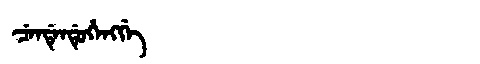
Manchu: ᠴᡝᠨᡩᡝᠨᡩᡠᡥᡝᠩᡤᡝ
Romanization: CENDENDUHENGGE